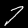
Digit: 7